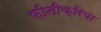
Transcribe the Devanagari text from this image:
फ़ीनीक्रिया